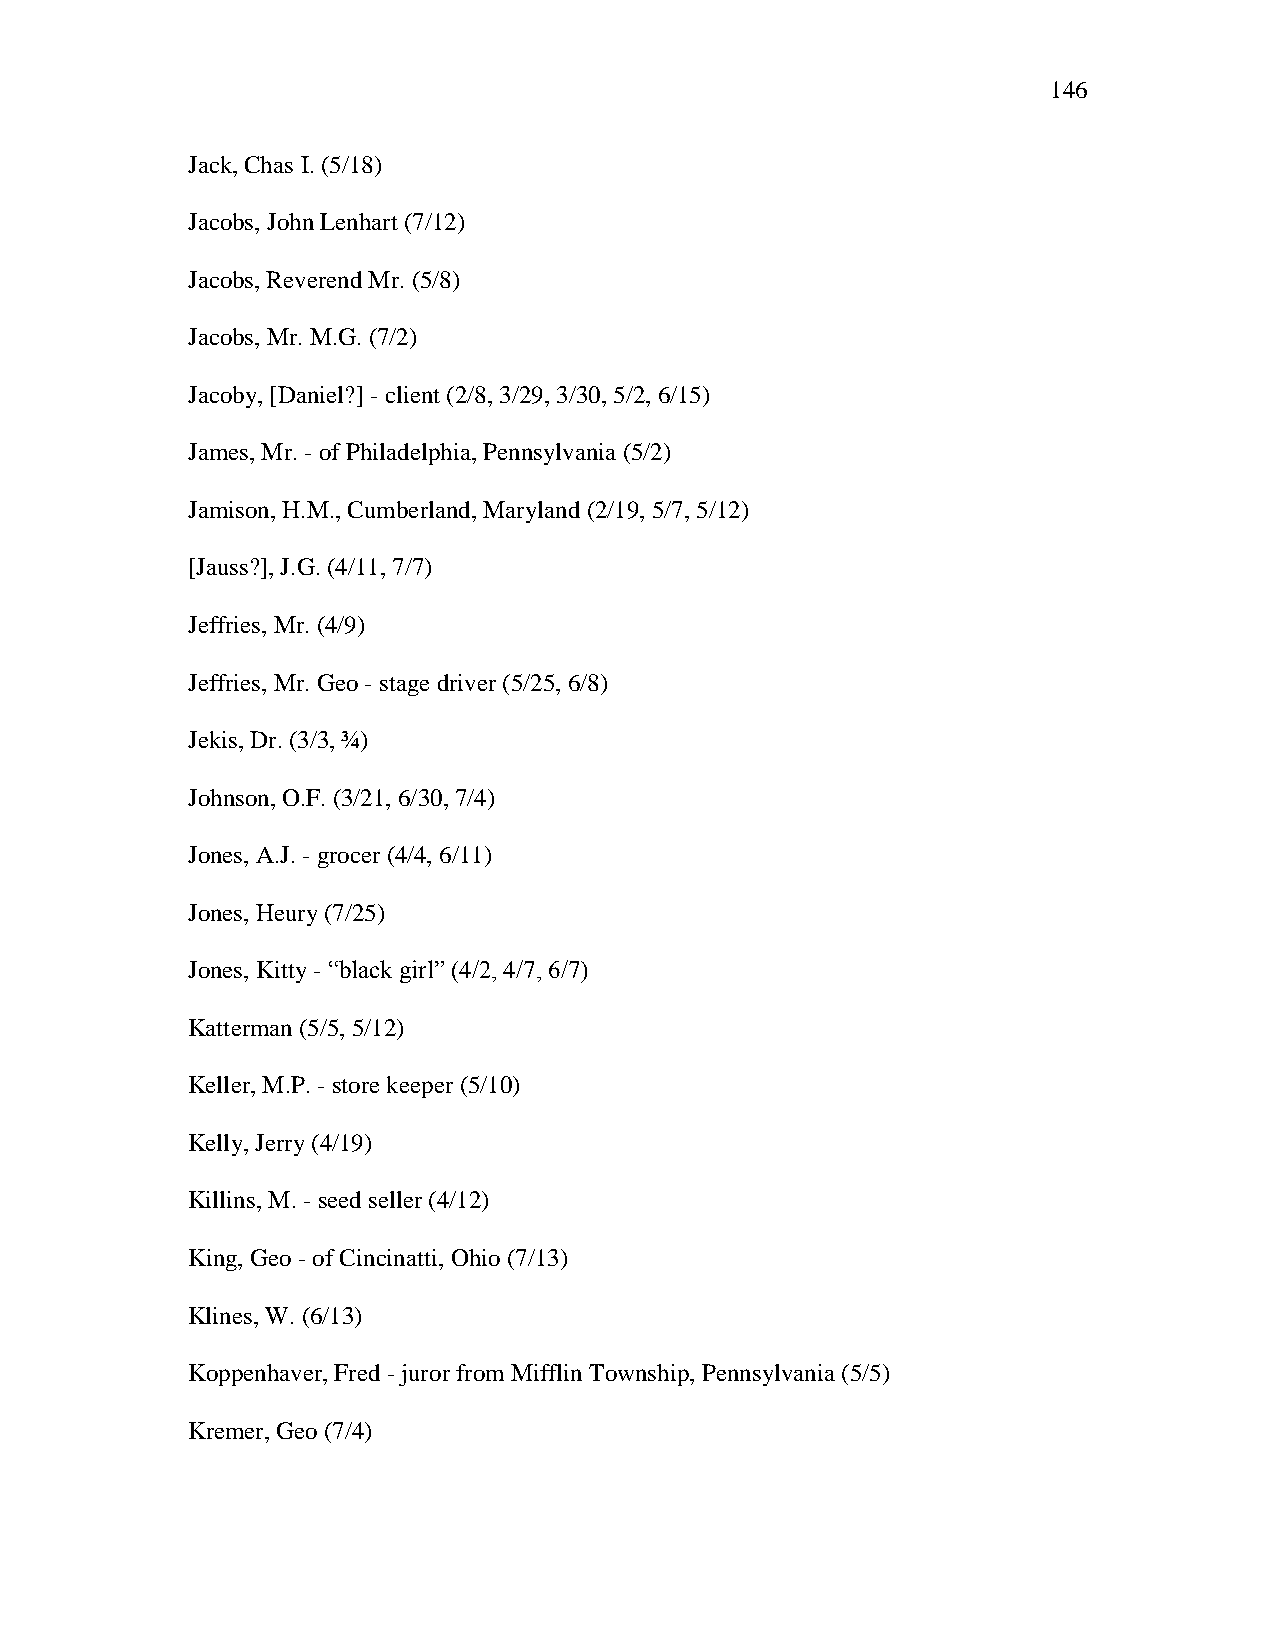
146
 Jack, Chas I. (5/18)
 Jacobs, John Lenhart (7/12)
 Jacobs, Reverend Mr. (5/8)
 Jacobs, Mr. M.G. (7/2)
 Jacoby, [Daniel?] - client (2/8, 3/29, 3/30, 5/2, 6/15)
 James, Mr. - of Philadelphia, Pennsylvania (5/2)
 Jamison, H.M., Cumberland, Maryland (2/19, 5/7, 5/12)
 [Jauss?], J.G. (4/11, 7/7)
 Jeffries, Mr. (4/9)
 Jeffries, Mr. Geo - stage driver (5/25, 6/8)
 Jekis, Dr. (3/3, ¾)
 Johnson, O.F. (3/21, 6/30, 7/4)
 Jones, A.J. - grocer (4/4, 6/11)
 Jones, Heury (7/25)
 Jones, Kitty - ―black girl‖ (4/2, 4/7, 6/7)
 Katterman (5/5, 5/12)
 Keller, M.P. - store keeper (5/10)
 Kelly, Jerry (4/19)
 Killins, M. - seed seller (4/12)
 King, Geo - of Cincinatti, Ohio (7/13)
 Klines, W. (6/13)
 Koppenhaver, Fred - juror from Mifflin Township, Pennsylvania (5/5)
 Kremer, Geo (7/4)